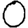
Digit: 0